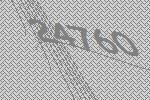
24760